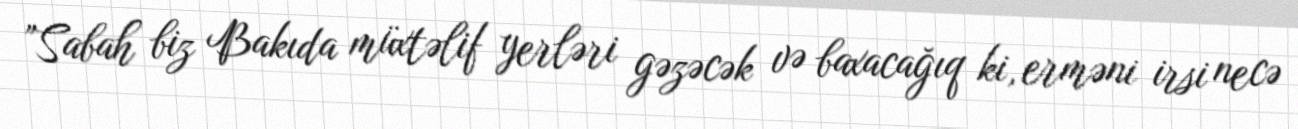
”Sabah biz Bakıda müxtəlif yerləri gəzəcək və baxacağıq ki, erməni irsi necə